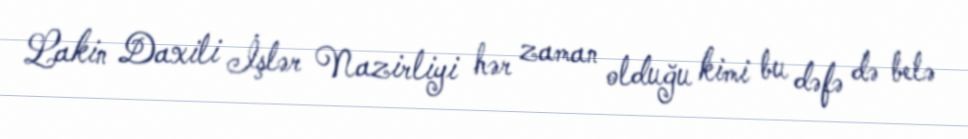
Lakin Daxili İşlər Nazirliyi hər zaman olduğu kimi bu dəfə də belə